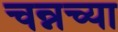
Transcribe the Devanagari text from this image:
चन्नच्या